Report of an investigation into the causes of malaria in Bombay and the measures necessary for its control
Disease focus: Malaria
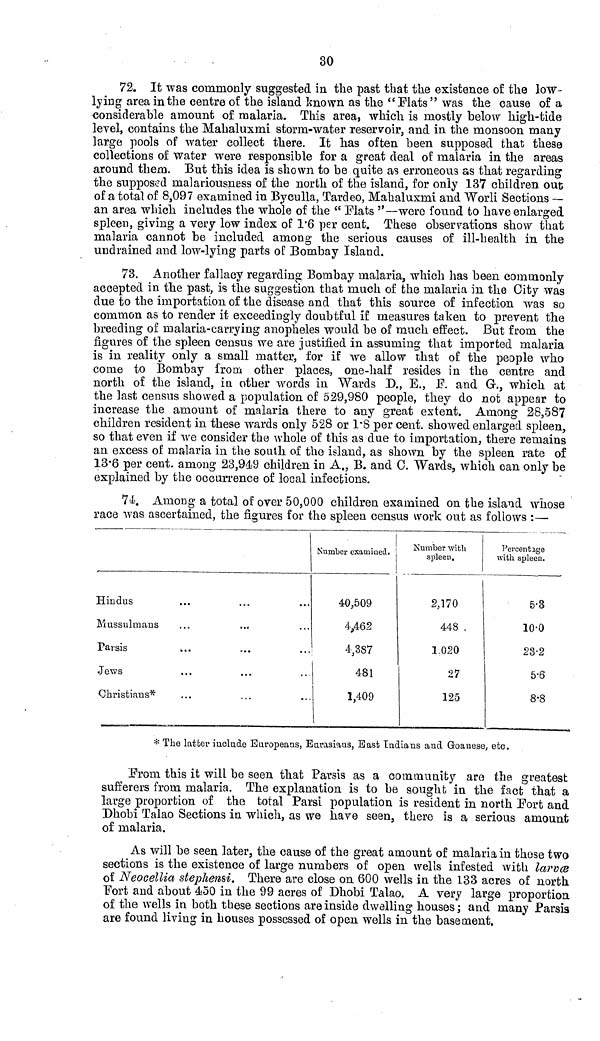
30
72. It was commonly suggested in the past that the existence of the low-
lying area in the centre of the island known as the "Flats" was the cause of a
considerable amount of malaria. This area, which is mostly below high-tide
level, contains the Mahaluxmi storm-water reservoir, and in the monsoon many
large pools of water collect there. It has often been supposed that these
collections of water were responsible for a great deal of malaria in the areas
around them. But this idea is shown to be quite as erroneous as that regarding
the supposed malariousness of the north of the island, for only 137 children out
of a total of 8,097 examined in Byculla, Tardeo, Mahaluxmi and Worli Sections —
an area which includes the whole of the " Mats "—were found to have enlarged
spleen, giving a very low index of 1.6 per cent. These observations show that
malaria cannot be included among the serious causes of ill-health in the
undrained and low-lying parts of Bombay Island.
73. Another fallacy regarding; Bombay malaria, which has been commonly
accepted in the past, is the suggestion that much of the malaria in the City was
due to the importation of the disease and that this source of infection was so
common as to render it exceedingly doubtful if measures taken to prevent the
breeding of malaria-carrying anopheles would be of much effect. But from the
figures of the spleen census we are justified in assuming that imported malaria
is in reality only a small matter, for if we allow that of the people who
come to Bombay from other places, one-half resides in the centre and
north of the island, in other words in Wards D., E., F. and G., which at
the last census showed a population of 529,980 people, they do not appear to
increase the amount of malaria there to any great extent. Among 28,587
children resident in these wards only 528 or 1.8 per cent. showed enlarged spleen,
so that even if we consider the whole of this as due to importation, there remains
an excess of malaria in the south of the island, as shown by the spleen rate of
13.6 per cent. among 23,949 children in A., B. and 0. Wards, which can only be
explained by the occurrence of local infections.
74. Among a total of over 50,000 children examined on the island whose
race was ascertained, the figures for the spleen census work out as follows :—
Hindus
Mussulmans
Parsis
Jews
Christians*
Number examined. ¡
40,509
4,462
4,387
481
1,409
Number with
spleen.
2,170
448
1.020
27
125
Percentage
with spleen.
53
10.0
23.2
5.6
8.8
* The latter include Europeans, Eurasians, East Indians and Goanese, etc.
From this it will be seen that Parsis as a community are the greatest
sufferers from malaria. The explanation is to be sought in the fact that a
large proportion of the total Parsi population is resident in north Port and
Dhobi Talao Sections in which, as we have seen, there is a serious amount
of malaria.
As will be seen later, the cause of the great amount of malaria in these two
sections is the existence of large numbers of open wells infested with larvæ
of Neocellia stephensi. There are close on 600 wells in the 133 acres of north
Fort and about 450 in the 99 acres of Dhobi Talao. A very large proportion
of the wells in both these sections are inside dwelling houses ; and many Parsis
are found living in houses possessed of open wells in the basement.